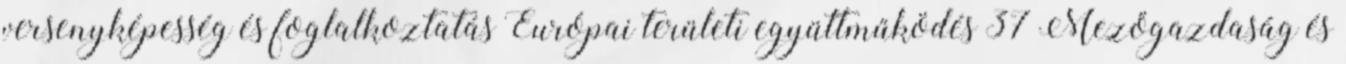
versenyképesség és foglalkoztatás Európai területi együttműködés 37 Mezőgazdaság és